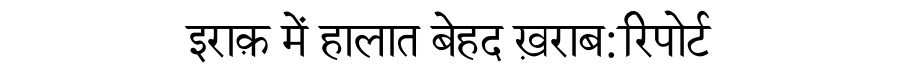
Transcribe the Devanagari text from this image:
इराक़ में हालात बेहद ख़राब:रिपोर्ट